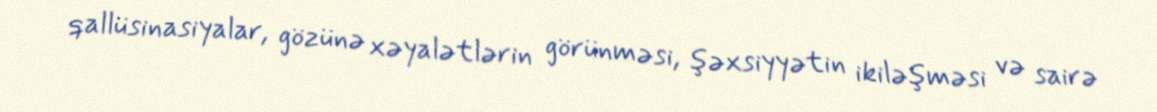
qallüsinasiyalar, gözünə xəyalətlərin görünməsi, şəxsiyyətin ikiləşməsi və sairə